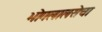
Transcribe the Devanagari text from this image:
भोगलालसेचा